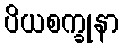
ပိယစက္ခုနာ